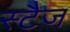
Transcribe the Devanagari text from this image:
स्टैज